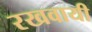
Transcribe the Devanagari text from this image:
रखवायी